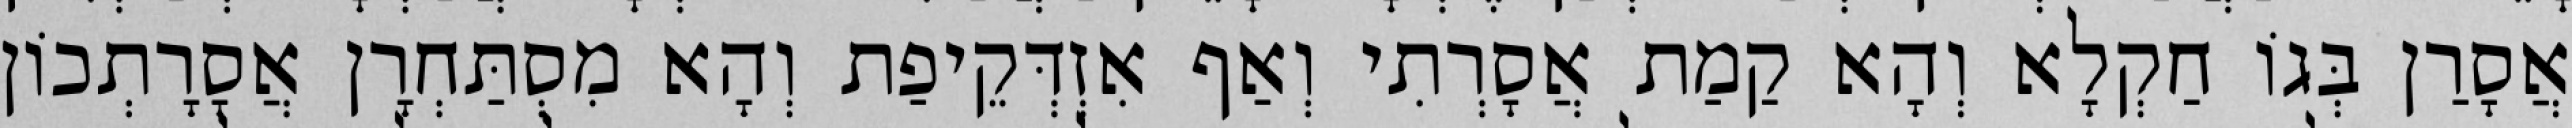
אֲסָרַן בְּגוֹ חַקְלָא וְהָא קַמַת אֲסָרְתִי וְאַף אִזְדְּקֵיפַת וְהָא מִסְתַּחְרָן אֲסָרָתְכוֹן